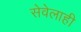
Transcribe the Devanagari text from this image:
सेवेलाही